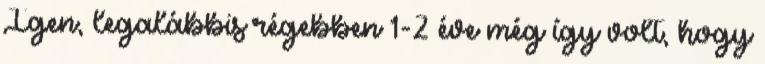
Igen, legalábbis régebben 1-2 éve még így volt, hogy